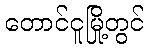
တောင်ငူမြို့တွင်